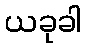
ယခုခါ